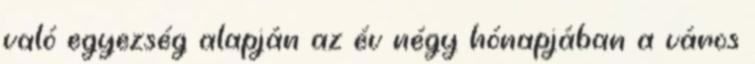
való egyezség alapján az év négy hónapjában a város